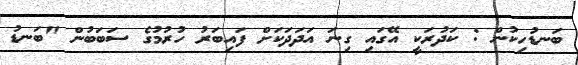
ބަނޑުހިކުން : ކަދުރަކީ އޭގައި ގިނަ އަދަދަކަށް ފައިބަރު ހުރުމުގެ ސަބަބުން "ބަނޑު